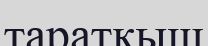
таратқыш